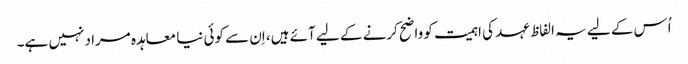
اُس کے لیے یہ الفاظ عہد کی اہمیت کو واضح کرنے کے لیے آئے ہیں، اِن سے کوئی نیا معاہدہ مراد نہیں ہے۔